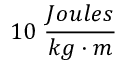
1 0 ~ \frac { J o u l e s } { k g \cdot m }